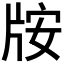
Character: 𱭛